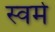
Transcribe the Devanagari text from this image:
स्वर्म